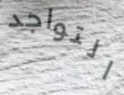
التواجد